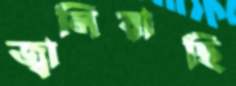
জ্বালিয়াছি